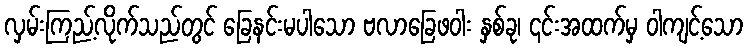
လှမ်းကြည့်လိုက်သည်တွင် ခြေနင်းမပါသော ဗလာခြေဖဝါး နှစ်ခု၊ ၎င်းအထက်မှ ဝါကျင့်သော